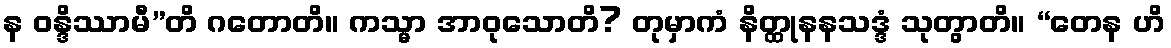
န ဝန္ဒိဿာမီ”တိ ဂတောတိ။ ကသ္မာ အာဝုသောတိ? တုမှာကံ နိတ္ထုနနသဒ္ဒံ သုတွာတိ။ “တေန ဟိ